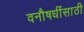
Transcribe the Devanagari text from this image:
वनौषधींसाठी